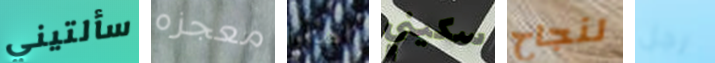
سألتيني معجزه اهدأوا سكيني لنجاح رجل